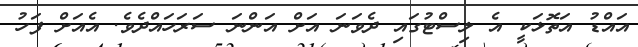
އައްޑު އަތޮޅަކީ އެ ލިސްޓުގައި ދެވަނަ އަށް އަންނަ ސަރަހައްދެވެ. އެއަށް ފަހު